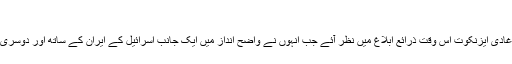
| معاشرہ | DW | 29.11.2017
نومبر کے وسط میں اسرائیلی افواج کے چیف آف جنرل اسٹاف غادی ایزنکوت اس وقت ذرائع ابلاغ میں نظر آئے جب انہوں نے واضح انداز میں ایک جانب اسرائیل کے ایران کے ساتھ اور دوسری جانب سعودی عرب کے ساتھ تعلقات کے بارے میں بات کی۔